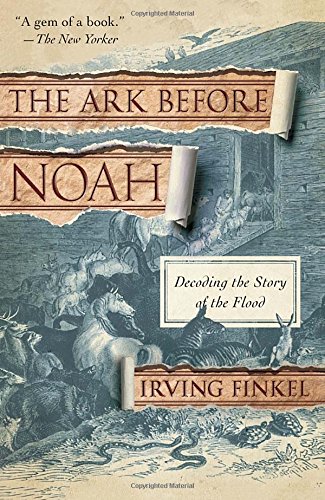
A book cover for The Ark Before Noah: Decoding the Story of the Flood; Irving Finkel; History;